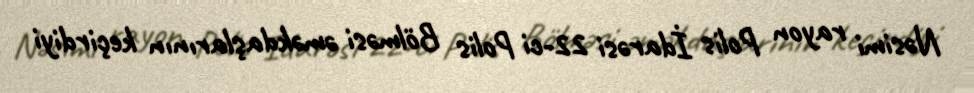
Nəsimi rayon Polis İdarəsi 22-ci Polis Bölməsi əməkdaşlarının keçirdiyi